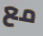
مع